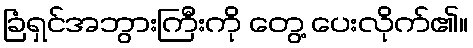
ခြံရှင်အဘွားကြီးကို တွေ့ ပေးလိုက်၏။